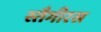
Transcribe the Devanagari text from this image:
स्तैगीरस